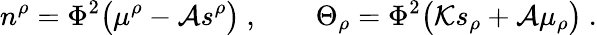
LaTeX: n^{\rho}=\Phi^{2}\big(\mu^{\rho}-{\cal A}s^{\rho}\big)\ ,\qquad\Theta_{\rho}=\Phi^{2}\big({\cal K}s_{\rho}+{\cal A}\mu_{\rho}\big)\ .